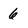
Character: 6